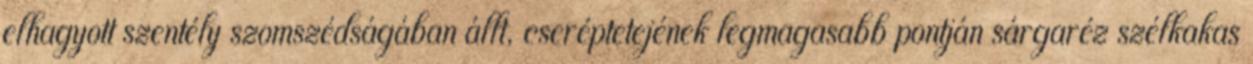
elhagyott szentély szomszédságában állt, cseréptetejének legmagasabb pontján sárgaréz szélkakas